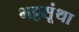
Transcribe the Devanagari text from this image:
भट्टसूंथा